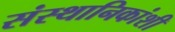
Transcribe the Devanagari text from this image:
संस्थानिकांशी